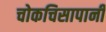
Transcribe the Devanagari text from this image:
चोकचिसापानी